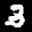
Label: 3